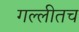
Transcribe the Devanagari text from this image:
गल्लीतच